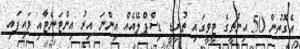
އެގޮތުން 50 އިންޗީގެ ޓީވީގައި ތުރީޑީ ޑިސްޕްލޭއެއް އިންނަ އިރު އިންޓަނެޓާއި ވައިފައި